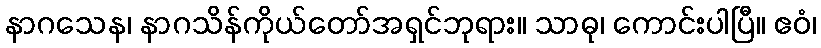
နာဂသေန၊ နာဂသိန်ကိုယ်တော်အရှင်ဘုရား။ သာဓု၊ ကောင်းပါပြီ။ ဧဝံ၊